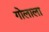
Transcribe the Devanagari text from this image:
गोलाला